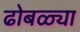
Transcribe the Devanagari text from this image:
ढोबळ्या